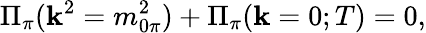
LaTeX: {\Pi}_{\pi}(\mathbf{k}^{2}=m_{0\pi}^{2})+{\Pi}_{\pi}(\mathbf{k}=0;T)=0,